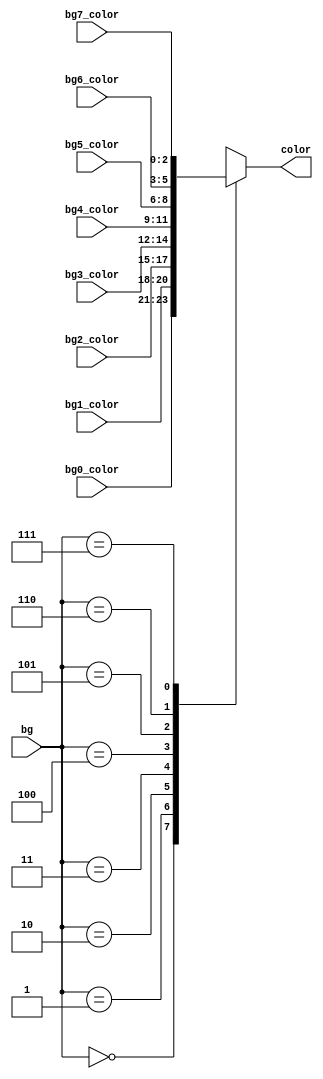
module bg_mux (
	input [2:0] bg0_color,
	input [2:0] bg1_color,
	input [2:0] bg2_color,
	input [2:0] bg3_color,
	input [2:0] bg4_color,
	input [2:0] bg5_color,
	input [2:0] bg6_color,
	input [2:0] bg7_color,
	input [2:0]	bg,
	output reg [2:0] color
	);
	// mux to switch between 8 of the available backgrounds
	
	always @(*)
		case (bg)
			0: color = bg0_color;
			1: color = bg1_color;
			2: color = bg2_color;
			3: color = bg3_color;
			4: color = bg4_color;
			5: color = bg5_color;
			6: color = bg6_color;
			7: color = bg7_color;
		endcase
	
endmodule